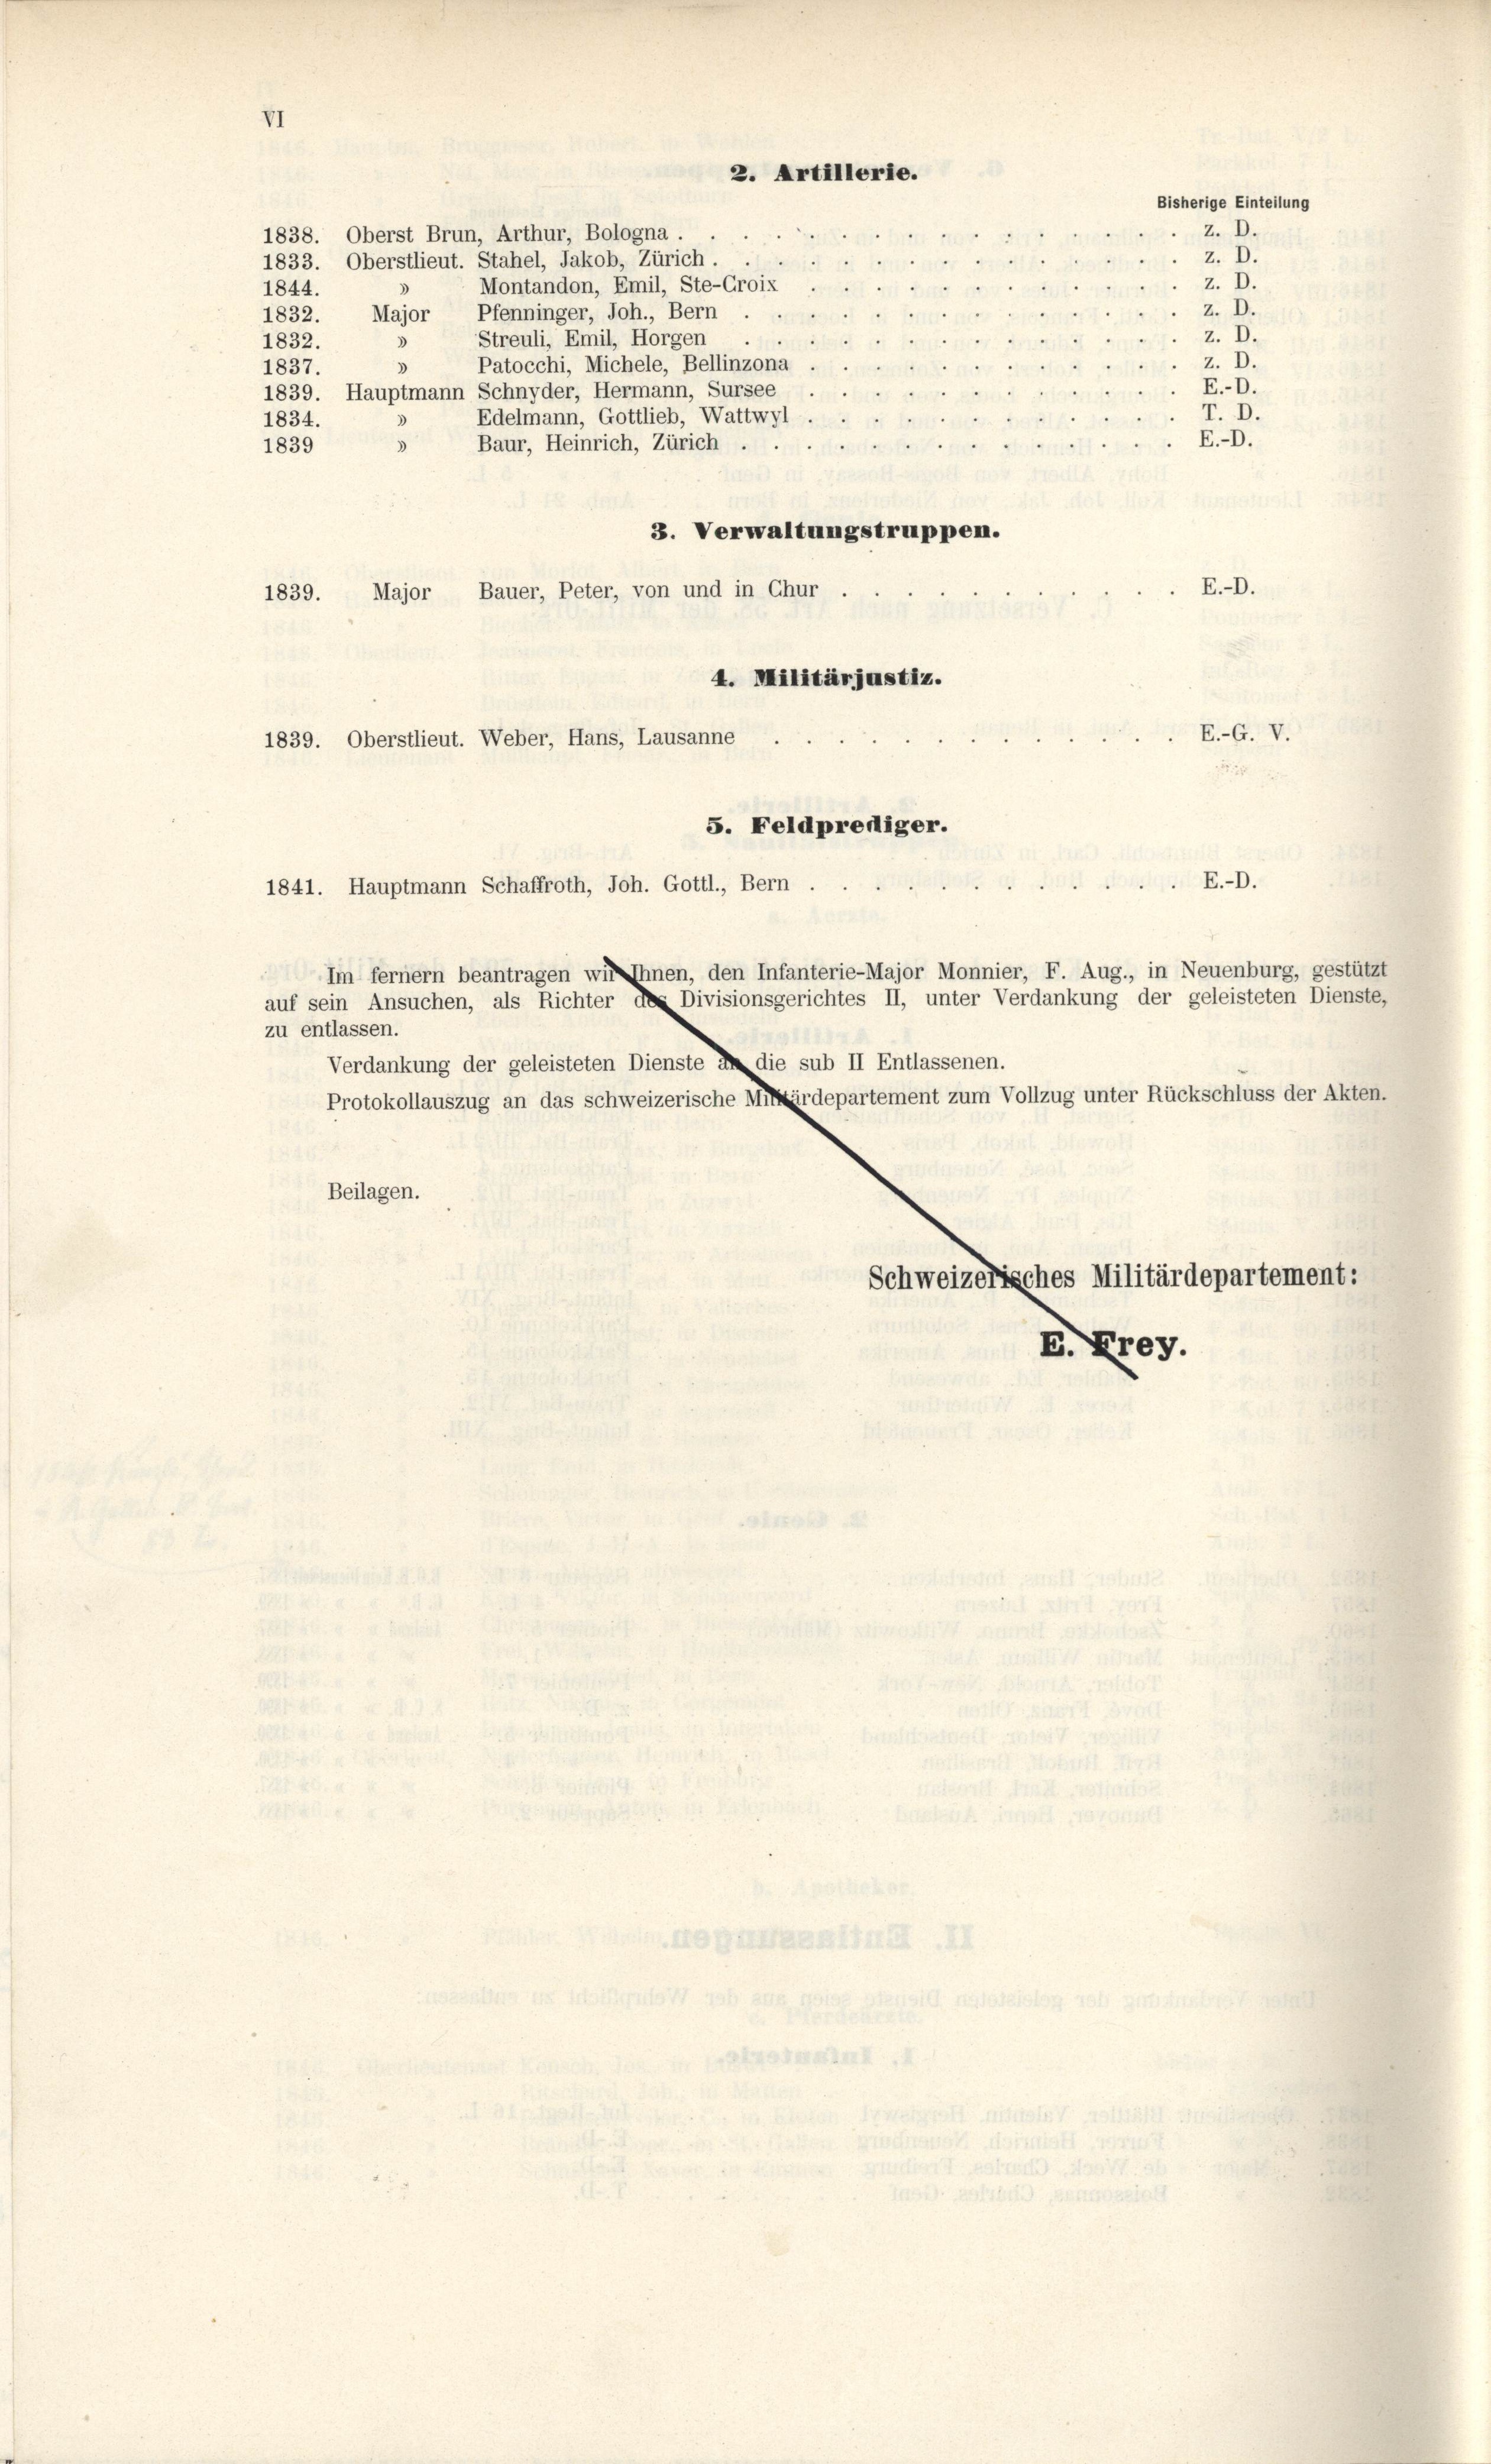
1838. Oberst Brun, Arthur, Bologna .
1833. Oberstlieut. Stahel, Jakob, Zürich.
Montandon, Emil, Ste-Groix
1844.
3
Major, Pfenninger, Joh., Bern
1832.
Streuli, Emil, Horgen
1832.
Patocchi, Michele, Bellinzona
3
1837.
1839. Hauptmann Schnyder, Hermann, Sursee
Edelmann, Gottlieb, Wattwyl
1834.
.
Baur, Heinrich, Zürich.

u
1839
3. Verwaltungstruppen.
4. Militärjustiz.
5. Feldprediger.
E.D.
1841. Hauptmann Schaffroth, Joh. Gottl., Bern.
Im fernem beantragen wir Ihnen, den Infanterie-Major Monnier, F. Aug., in Neuenburg, gestützt
auf sein Ansuchen, als Richter der Divisionsgerichtes II, unter Verdankung der geleisteten Dienste,
zu entlassen.
Verdankung der geleisteten Dienste an die sub II Entlassenen.
Protokollauszug an das schweizerische Mittärdepartement zum Vollzug unter Rückschluss der Akten.
Beilagen.
Schweizerisches Militärdepartement:

1839. Major Bauer, Peter, von und in Chur

1839. Oberstlieut. Weber, Hans, Lausanne

2. Artillerie.

Bisherige Einteilung
z. D.
z. D.
z. D.

E. Frey.

z. D.
z. D.
z. D.
E.-D.
T. D.

E.-D.
E.-D.

E.-G. V.